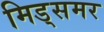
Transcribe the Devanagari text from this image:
मिड्‌समर